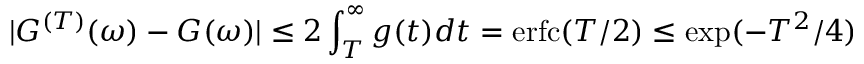
| { G } ^ { ( T ) } ( \omega ) - { G } ( \omega ) | \leq 2 \int _ { T } ^ { \infty } g ( t ) d t = \mathrm { e r f c } ( T / 2 ) \leq \exp ( - T ^ { 2 } / 4 )